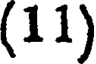
(11)